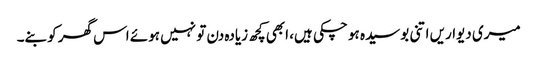
میری دیواریں اتنی بوسیدہ ہو چکی ہیں، ابھی کچھ زیادہ دن تو نہیں ہوئے اس گھر کو بنے۔